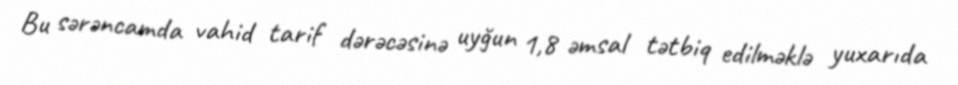
Bu sərəncamda vahid tarif dərəcəsinə uyğun 1,8 əmsal tətbiq edilməklə yuxarıda